Annual vaccination report of Bihar and Orissa - 1911-1928
Year: 1911
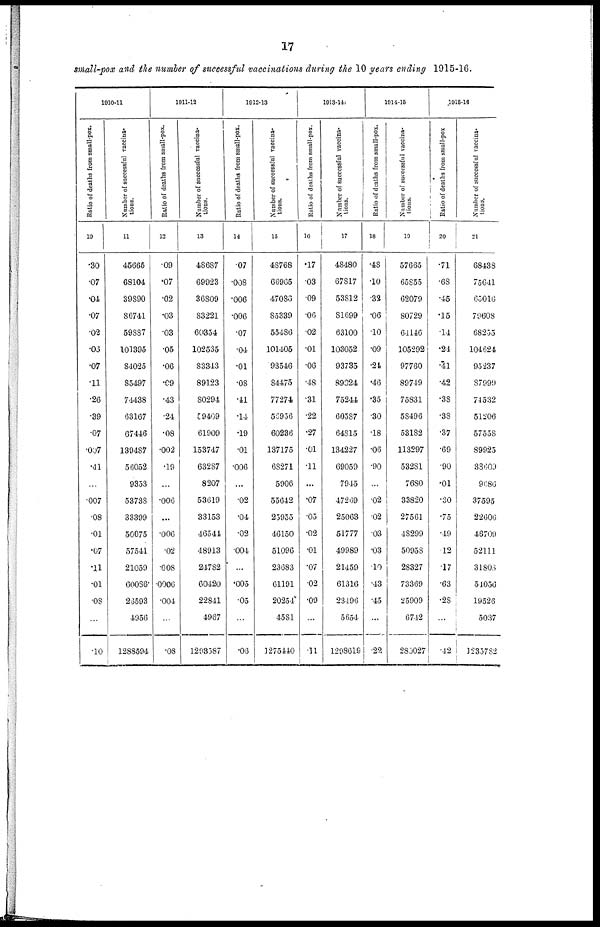
17
small-pox and the number of successful vaccinations during the 10 years ending 1915-16.
1910-11
Ratio of deaths from small-pox.
10
.30
.07
.04
.07
.02
.03
.07
.11
.26
.39
.07
.007
.41
...
.007
.08
.01
.07
.11
.01
.08
...
.10
Number of successful vaccina-
tions.
11
45665
68104
39890
86741
59887
101395
84025
85497
74438
63167
67446
139487
56052
9353
53738
33399
50075
57541
21059
60086
26593
4956
1288594
1911-12
Ratio of deaths from small-pox.
12
.09
.07
.02
.03
.03
.05
.06
.09
.43
.24
.08
.002
.19
...
.006
...
.006
.02
.008
.0006
.004
...
.08
Number of successful vaccina-
tions.
13
48687
69923
36809
83221
60354
102535
83343
89123
80294
59409
61909
153747
63287
8207
53619
33153
46544
48913
24782
60420
22841
4967
1293587
1912-13
Ratio of deaths from small-pox.
14
.07
.008
.006
.006
.07
.04
.01
.08
.41
.14
.19
.01
.006
...
.02
.04
.02
.004
...
.005
.05
...
.06
Number of successful vaccina-
tions.
15
48768
66965
47086
85339
55486
101405
93546
84475
77274
56956
60236
137175
68271
5906
55642
23955
46150
51096
23683
61191
20254
4581
1275440
1913-14
Ratio of deaths from small-pox.
16
.17
.03
.09
.06
.02
.01
.06
.48
.31
.22
.27
.01
.11
...
.07
.05
.02
.01
.07
.02
.09
...
.11
Number of successful vaccina-
tions.
17
48480
67817
53812
81699
63100
103052
93735
89024
75244
60587
64815
134227
69059
7945
47269
25063
51777
49989
21459
61316
23496
5654
1298619
1914-15
Ratio of deaths from small-pox.
18
.48
.10
.32
.06
.10
.09
.24
.46
.35
.30
.18
.06
.90
...
.02
.02
.03
.03
.10
.43
.45
...
.22
Number of successful vaccina-
tions.
19
57665
65855
62079
80729
64146
105292
97760
89749
75831
58496
53182
113297
53281
7680
33820
27561
48299
50958
28327
73369
25909
6742
280027
1915-16
Ratio of deaths from small-pox
20
.71
.68
.45
.15
.14
.24
.41
.42
.38
.38
.37
.69
.90
.01
.30
.75
.49
.12
.17
.63
.28
...
.42
Number of successful vaccina-
tions.
21
68438
75641
65016
79608
68255
104624
95237
87999
74532
51206
57558
89925
38609
9686
37595
22606
46709
52111
31808
54056
19526
5037
1235782